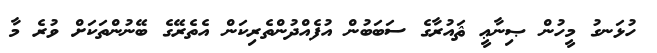
ހުޅަނގު މީހުން ޞިނާޢީ ޘައުރާގެ ސަބަބުން އުފެއްދުންތެރިކަން އެތެރޭގެ ބޭނުންތަކަށް ވުރެ މާ